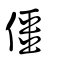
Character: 僵